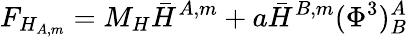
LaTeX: F_{H_{A,m}}=M_{H}\bar{H}^{A,m}+a\bar{H}^{B,m}(\Phi^{3})_{B}^{A}